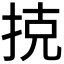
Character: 𢭪